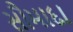
સૌમાદા